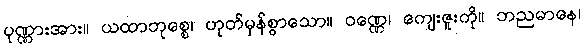
ပုဏ္ဏားအား။ ယထာဘုစ္စေ၊ ဟုတ်မှန်စွာသော။ ဝဏ္ဏေ၊ ကျေးဇူးကို။ ဘညမာနေ၊